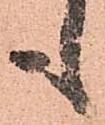
も